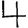
Digit: 4